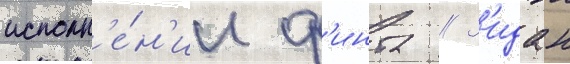
исполн'е́н'ии ф'инта // З'идан